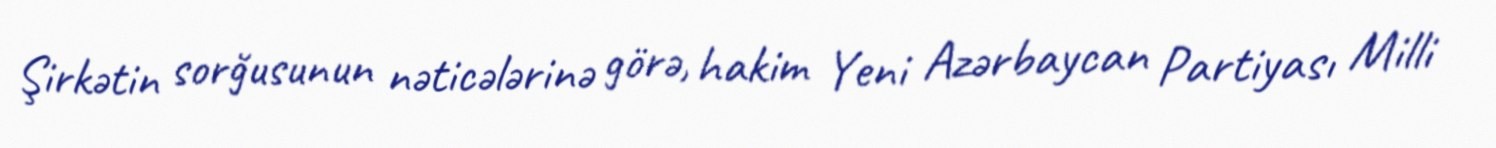
Şirkətin sorğusunun nəticələrinə görə, hakim Yeni Azərbaycan Partiyası Milli